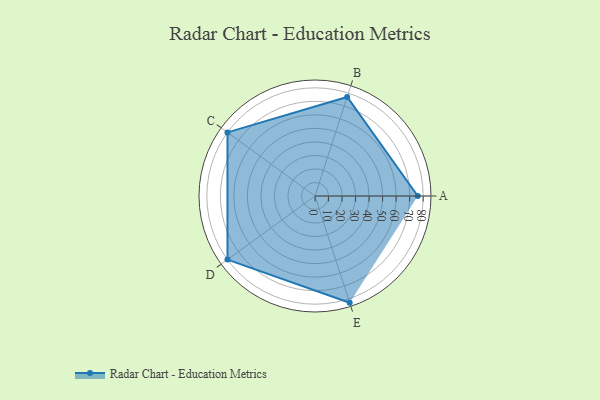
{"axis": {"x": "Skill", "y": "Score"}, "legend": ["Profile"], "data": [{"x": "A", "y": 76.0, "type": "Profile"}, {"x": "B", "y": 77.0, "type": "Profile"}, {"x": "C", "y": 80.0, "type": "Profile"}, {"x": "D", "y": 80.0, "type": "Profile"}, {"x": "E", "y": 83.0, "type": "Profile"}]}